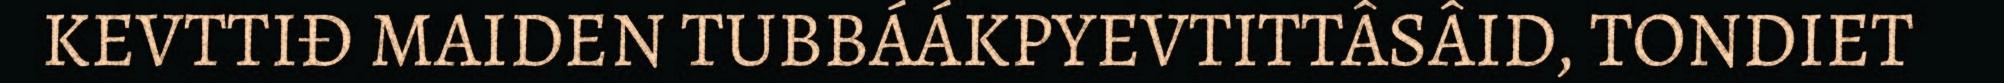
KEVTTIĐ MAIDEN TUBBÁÁKPYEVTITTÂSÂID, TONDIET